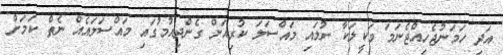
އަދި ހަމަނުޖެހިއްޖެނަމަ ވަކީލަކާ ނުލައި މައްސަލަ ކުރިއަށް ގެންދިއުމުގައި މައްސަލައެއް ނެތް ކަމަށް